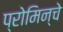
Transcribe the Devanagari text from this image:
प्रोमिन्चे